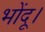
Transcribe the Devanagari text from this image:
भोंदू।